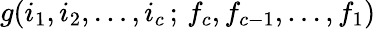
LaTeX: g(i_{1},i_{2},\ldots,i_{c}\, ;\, f_{c},f_{c-1},\ldots,f_{1})